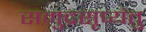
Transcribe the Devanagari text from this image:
समुद्रसृप्यंतु